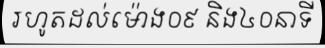
រហូតដល់ម៉ោង០៩ និង៤០នាទី